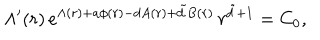
\Lambda ^ { \prime } ( r ) \, e ^ { \Lambda ( r ) + a \phi ( r ) - d A ( r ) + \tilde { d } B ( r ) } \, r ^ { \tilde { d } + 1 } = C _ { 0 } ,